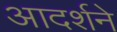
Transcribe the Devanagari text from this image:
आदर्शने